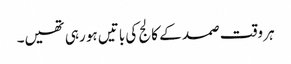
ہر وقت صمد کے کالج کی باتیں ہو رہی تھیں۔